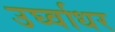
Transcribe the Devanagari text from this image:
उर्घ्वाधर